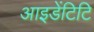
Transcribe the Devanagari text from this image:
आइडेंटिटि